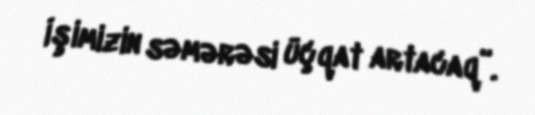
İşimizin səmərəsi üçqat artacaq”.